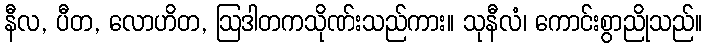
နီလ, ပီတ, လောဟိတ, ဩဒါတကသိုဏ်းသည်ကား။ သုနီလံ၊ ကောင်းစွာညိုသည်။